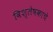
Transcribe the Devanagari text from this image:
विश्लेषकाचे